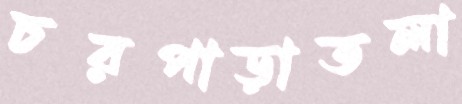
চরপাড়াতলা